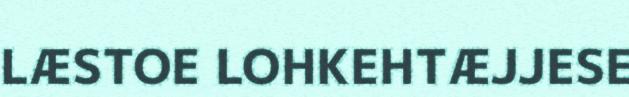
LÆSTOE LOHKEHTÆJJESE